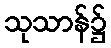
သုသာန်၌